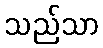
သည်သာ